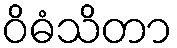
ဝိဓံသိတာ